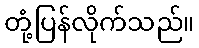
တုံ့ပြန်လိုက်သည်။